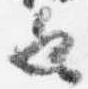
也